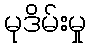
မုဒိမ်းမှု